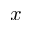
\boldsymbol { x }